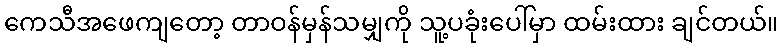
ကေသီအဖေကျတော့ တာဝန်မှန်သမျှကို သူ့ပခုံးပေါ်မှာ ထမ်းထား ချင်တယ်။